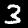
Label: 3